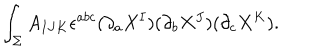
LaTeX: \int _ { \Sigma } A _ { I J K } \epsilon ^ { a b c } ( \partial _ { a } X ^ { I } ) ( \partial _ { b } X ^ { J } ) ( \partial _ { c } X ^ { K } ) .